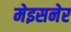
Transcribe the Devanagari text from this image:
मेइसनेर